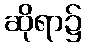
ဆိုရာ၌